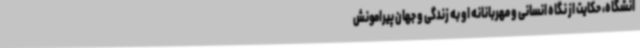
انشگاه، حکایت از نگاه انسانی و مهربانانه او به زندگی و جهان پیرامونش